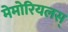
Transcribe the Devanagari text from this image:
मेमोरियलस्